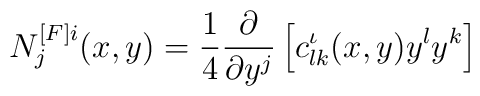
N_{j}^{[F]i}(x,y)=\frac{1}{4}\frac{\partial }{\partial y^{j}}\left[c_{lk}^{\iota }(x,y)y^{l}y^{k}\right]